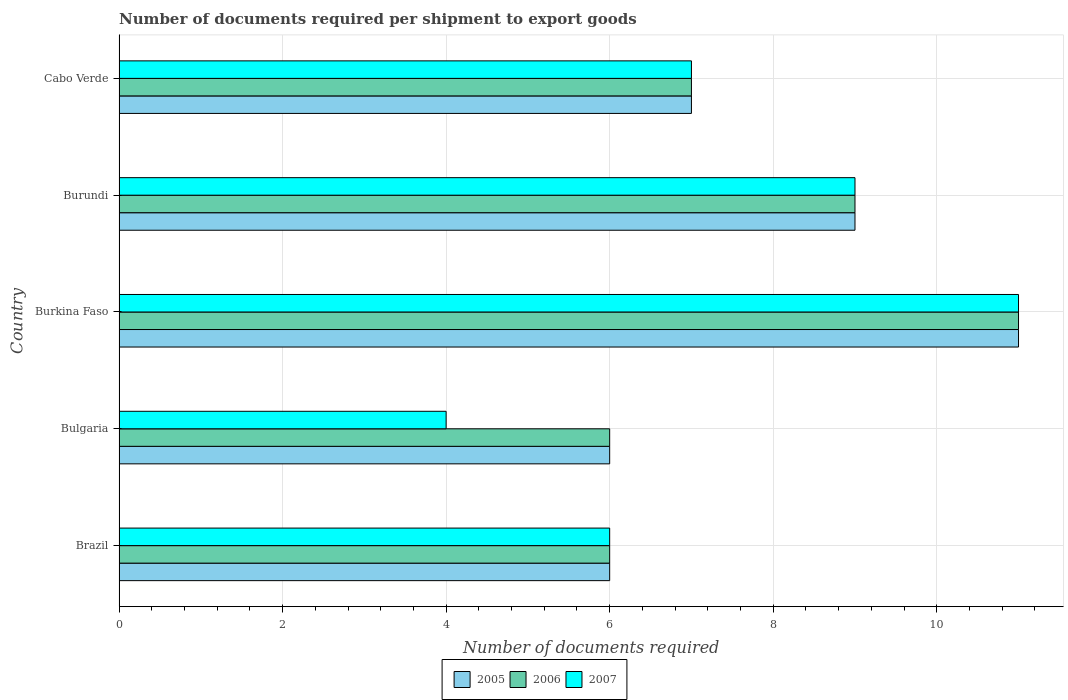
| Country | 2005 | 2006 | 2007 |
 | --- | --- | --- | --- |
 | Brazil | 6 | 6 | 6 |
 | Bulgaria | 6 | 6 | 4 |
 | Burkina Faso | 11 | 11 | 11 |
 | Burundi | 9 | 9 | 9 |
 | Cabo Verde | 7 | 7 | 7 |